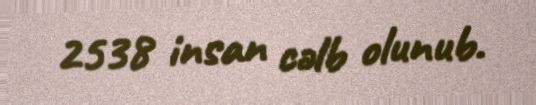
2538 insan cəlb olunub.